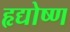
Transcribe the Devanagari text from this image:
हृद्योष्ण